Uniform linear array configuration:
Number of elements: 4
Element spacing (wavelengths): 1
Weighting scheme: binomial
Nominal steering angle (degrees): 30
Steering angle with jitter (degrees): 31.888
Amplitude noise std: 0.05
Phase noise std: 0.05

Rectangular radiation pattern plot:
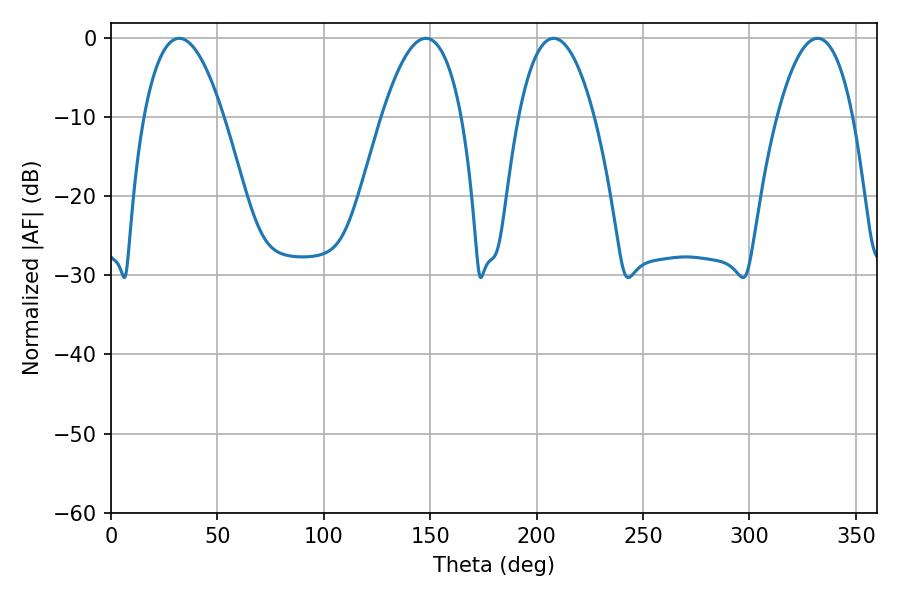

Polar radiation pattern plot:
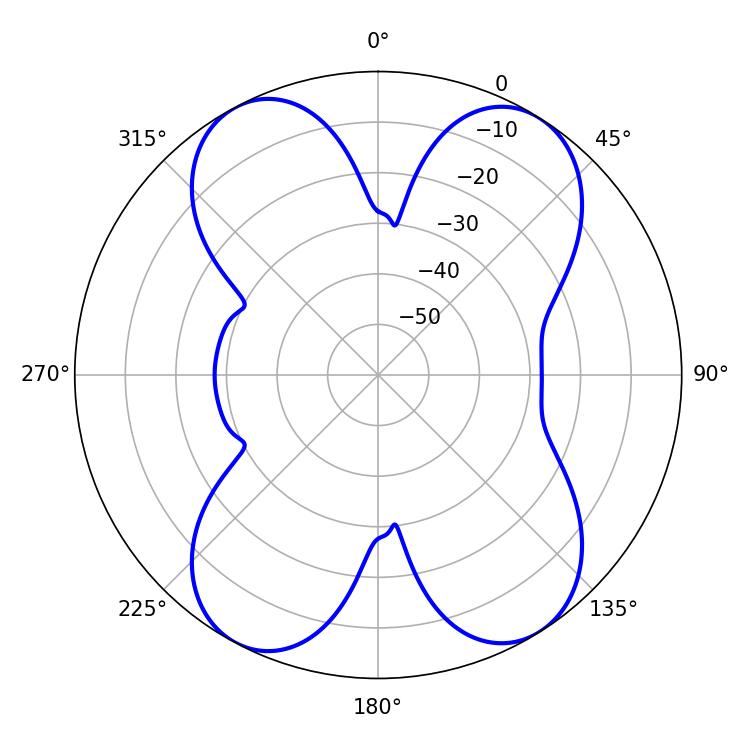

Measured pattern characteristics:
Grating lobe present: TRUE
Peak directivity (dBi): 14.441
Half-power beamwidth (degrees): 20.7
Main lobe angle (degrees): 32.04